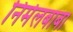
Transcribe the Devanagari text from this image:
निर्मलबाबा